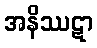
အနိဿဋာ